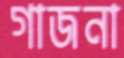
গাজনা